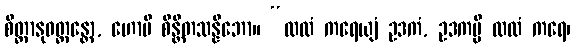
စိတ္တာနုဝတ္တန္တော, ဟောမိ စိန္တိတသန္နိဘော။ “ထလံ ကရေယျံ ဥဒကံ, ဥဒကမ္ပိ ထလံ ကရေ၊